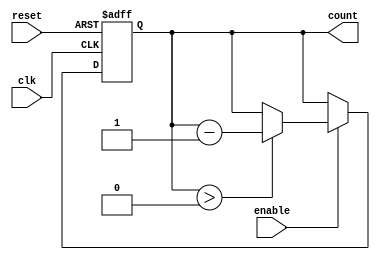
module down_counter (
    input wire clk,         // Clock input
    input wire enable,      // Enable signal
    input wire reset,       // Asynchronous reset signal
    output reg [3:0] count  // 4-bit counter output
);

    // Define maximum count value (for a 4-bit counter, max is 15)
    localparam MAX_COUNT = 4'b1111;

    // Asynchronous reset and counting logic
    always @(posedge clk or posedge reset) begin
        if (reset) begin
            count <= MAX_COUNT;  // Reset to maximum count value
        end else if (enable) begin
            if (count > 0) begin
                count <= count - 1;  // Decrement count
            end
            // If count is 0 and enable is high, it will remain at 0
        end
        // If enable is low, count retains its value
    end

endmodule